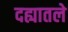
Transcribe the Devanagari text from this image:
दह्यातले